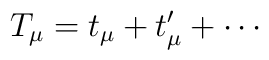
T_\mu = t_\mu + t'_\mu + \cdots